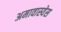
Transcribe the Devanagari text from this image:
अमावास्येस